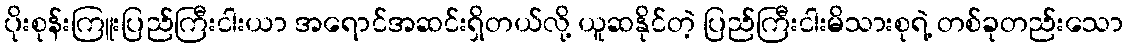
ပိုးစုန်းကြူးပြည်ကြီးငါးယာ အရောင်အဆင်းရှိတယ်လို့ ယူဆနိုင်တဲ့ ပြည်ကြီးငါးမိသားစုရဲ့ တစ်ခုတည်းသော